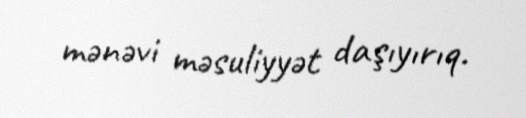
mənəvi məsuliyyət daşıyırıq.